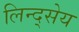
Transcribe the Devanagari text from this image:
लिन्द्सेय